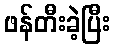
ဖန်တီးခဲ့ပြီး